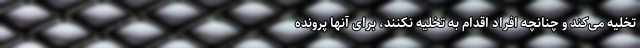
تخلیه می‌کند و چنانچه افراد اقدام به تخلیه نکنند، برای آنها پرونده